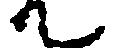
て